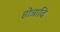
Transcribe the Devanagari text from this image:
होत्रादि